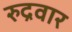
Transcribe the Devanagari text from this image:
रुद्रवार